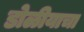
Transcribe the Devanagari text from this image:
डोळीयाचा